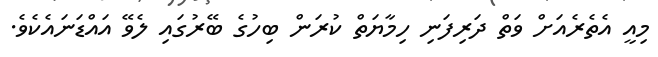
މިއީ އެތެރެއަށް ވަތް ދަރިފަނި ހިމާޔަތް ކުރަން ބިހުގެ ބޭރުގައި ލެވޭ އައްޑަނައެކެވެ.